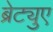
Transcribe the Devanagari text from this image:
ब्रेट्युए